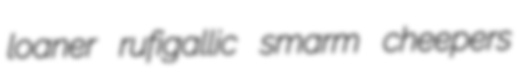
loaner rufigallic smarm cheepers